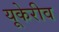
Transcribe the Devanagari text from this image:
यूकेरीव